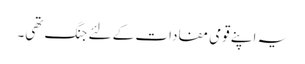
یہ اپنے قومی مفادات کے لئے جنگ تھی۔